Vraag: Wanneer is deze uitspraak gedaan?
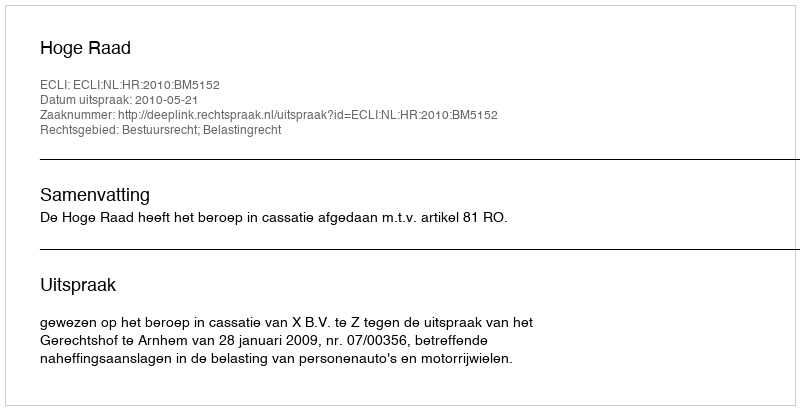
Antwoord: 2010-05-21